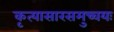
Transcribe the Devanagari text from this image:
कृत्यासारसमुच्चयः